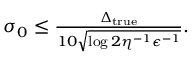
\begin{array} { r } { \sigma _ { 0 } \leq \frac { \Delta _ { \operatorname { t r u e } } } { 1 0 \sqrt { \log { 2 \eta ^ { - 1 } \epsilon ^ { - 1 } } } } . } \end{array}